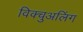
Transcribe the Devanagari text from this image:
विक्चुअलिंग